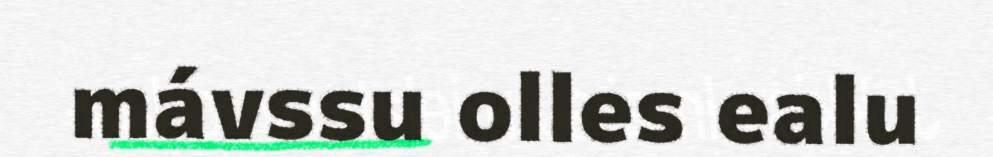
mávssu olles ealu